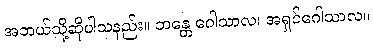
အဘယ်သို့ဆိုပါသနည်း။ ဘန္တေ ဂေါသာလ၊ အရှင်ဂေါသာလ။